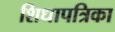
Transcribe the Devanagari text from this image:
शिधापत्रिका